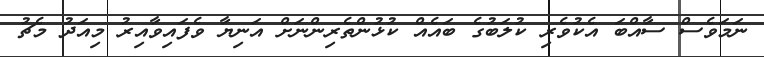
ނަމަވެސް ސާއްބަ އެކުވެރި ކުލަބުގެ ބައެއް ކުޅުންތެރިންނަށް އަނިޔާ ވެފައިވާއިރު މިއަދު މެޗު